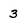
Character: 3